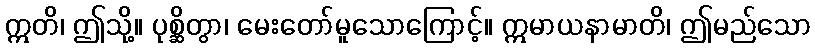
ဣတိ၊ ဤသို့။ ပုစ္ဆိတွာ၊ မေးတော်မူသောကြောင့်။ ဣမာယနာမာတိ၊ ဤမည်သော